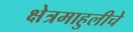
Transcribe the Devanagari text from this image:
क्षेत्रमाहुलीचे